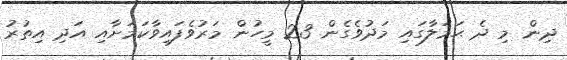
ދިން މި ދެ ޙަމަލާގައި މަދުވެގެން 23 މީހުން މަރުވެފައިވާކަމަށާއި އަދި އިތުރު